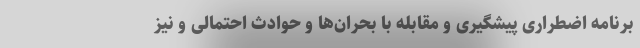
برنامه اضطراری پیشگیری و مقابله با بحران‌ها و حوادث احتمالی و نیز